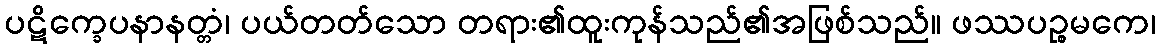
ပဋိက္ခေပနာနတ္တံ၊ ပယ်တတ်သော တရား၏ထူးကုန်သည်၏အဖြစ်သည်။ ဖဿပဉ္စမကေ၊